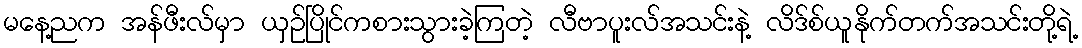
မနေ့ညက အန်ဖီးလ်မှာ ယှဉ်ပြိုင်ကစားသွားခဲ့ကြတဲ့ လီဗာပူးလ်အသင်းနဲ့ လိဒ်စ်ယူနိုက်တက်အသင်းတို့ရဲ့